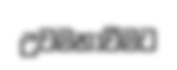
උවමනාවීමට